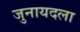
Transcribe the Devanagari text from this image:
जुनायदला